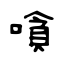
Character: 嗿